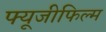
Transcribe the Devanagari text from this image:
फ्यूजीफिल्म